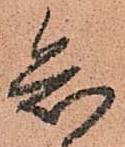
知